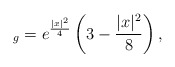
\begin{align*}_g = e^{\frac{|x|^2}{4}}\left( 3 - \frac{|x|^2}{8}\right),\end{align*}